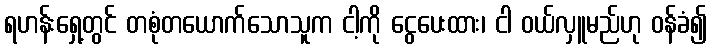
ရဟန်းရှေ့တွင် တစုံတယောက်သောသူက ငါ့ကို ငွေပေးထား၊ ငါ ဝယ်လှူမည်ဟု ဝန်ခံ၍